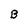
Character: B